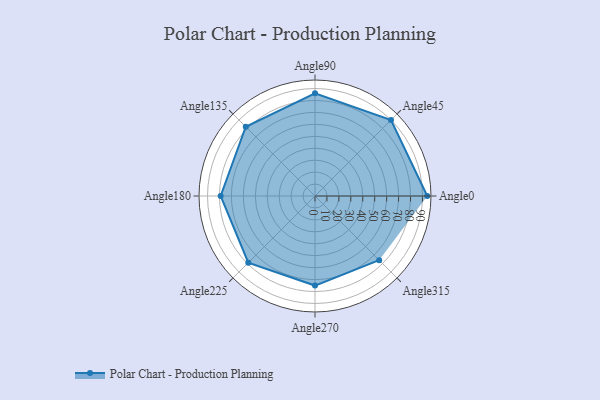
{"axis": {"x": "Angle", "y": "Radius"}, "legend": [""], "data": [{"x": "Angle0", "y": 94.0, "type": ""}, {"x": "Angle45", "y": 90.0, "type": ""}, {"x": "Angle90", "y": 86.0, "type": ""}, {"x": "Angle135", "y": 82.0, "type": ""}, {"x": "Angle180", "y": 79.0, "type": ""}, {"x": "Angle225", "y": 79.0, "type": ""}, {"x": "Angle270", "y": 75.0, "type": ""}, {"x": "Angle315", "y": 76.0, "type": ""}]}